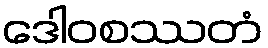
ဒေါဝစဿတံ